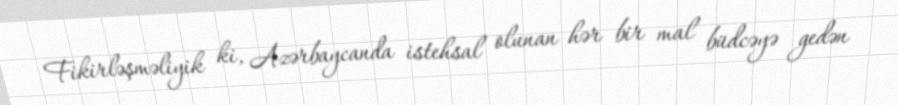
Fikirləşməliyik ki, Azərbaycanda istehsal olunan hər bir mal büdcəyə gedən